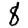
Digit: 8